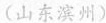
(山东滨州)